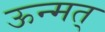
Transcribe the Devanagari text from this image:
ऊन्मत्